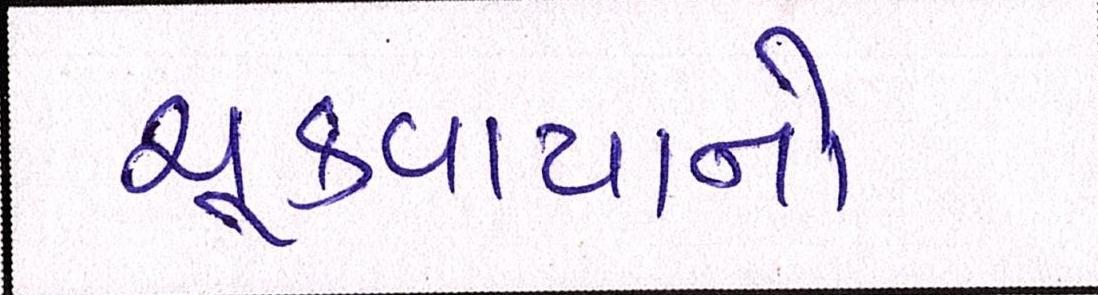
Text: ચૂકવાયાનો